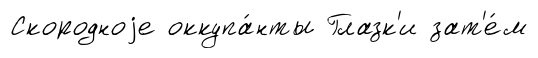
Скородноjе оккупа́нты Глазк'и зат'е́м